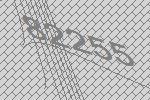
82255